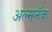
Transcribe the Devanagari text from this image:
अल्मनॅक